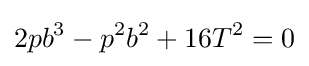
2pb^{3}-p^{2}b^{2}+16T^{2}=0